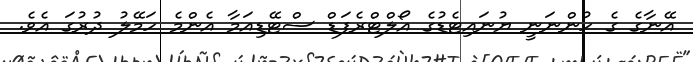
އޭނާގެ ގެ ހުންނަނީ ޔުނައިޓެޑުގެ އޯލްްޓްރެފަޑް ސްޓޭޑިއަމާ އެންމެ ހަމޭލު ދުރުގަ އެވެ.